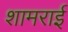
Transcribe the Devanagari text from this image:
शामराई